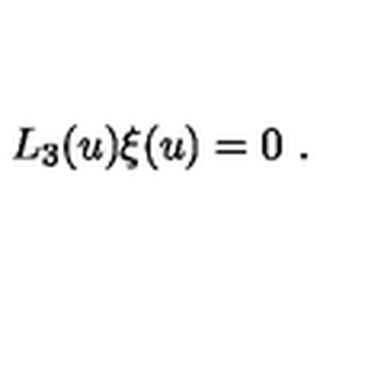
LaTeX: L _ { 3 } ( u ) \xi ( u ) = 0 \ .